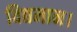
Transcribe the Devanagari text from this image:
विद्यमान।